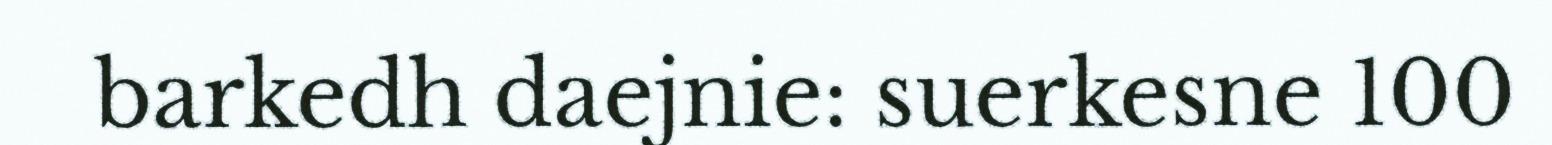
barkedh daejnie: suerkesne 100